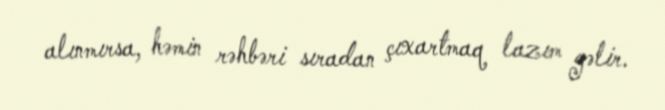
alınmırsa, həmin rəhbəri sıradan çıxartmaq lazım gəlir.